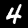
Label: 4